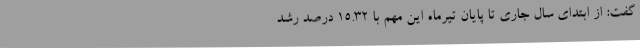
گفت: از ابتدای سال جاری تا پایان تیرماه این مهم با 15.32 درصد رشد